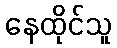
နေထိုင်သူ